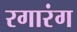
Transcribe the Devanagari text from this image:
रगारंग